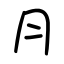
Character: ⺼